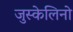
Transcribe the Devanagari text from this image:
जुस्केलिनो